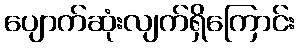
ပျောက်ဆုံးလျက်ရှိကြောင်း